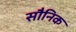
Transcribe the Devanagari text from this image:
सौनिक